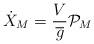
LaTeX: \begin{align*}\dot{X}_{M}=\frac{V}{\overline{g}}{\mathcal{P}}_{M}\end{align*}